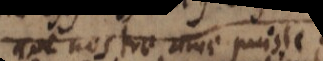
que nostre ame puisse